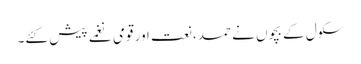
سکول کے بچوں نے حمد، نعت اور قومی نغمے پیش کئے۔